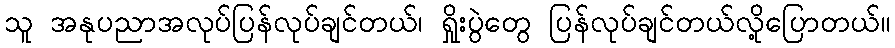
သူ အနုပညာအလုပ်ပြန်လုပ်ချင်တယ်၊ ရှိုးပွဲတွေ ပြန်လုပ်ချင်တယ်လို့ပြောတယ်။